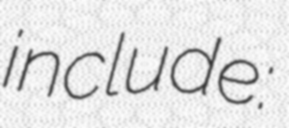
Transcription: include: